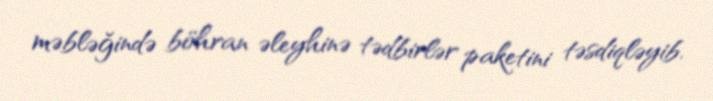
məbləğində böhran əleyhinə tədbirlər paketini təsdiqləyib.